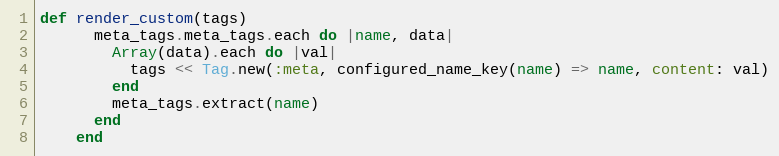
Language: Ruby
def render_custom(tags)
      meta_tags.meta_tags.each do |name, data|
        Array(data).each do |val|
          tags << Tag.new(:meta, configured_name_key(name) => name, content: val)
        end
        meta_tags.extract(name)
      end
    end